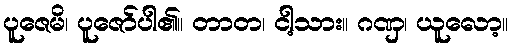
ပူဇေမိ၊ ပူဇော်ပါ၏။ တာတ၊ ငါ့သား။ ဂဏှ၊ ယူလော့။